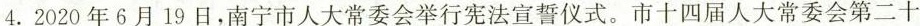
4.2020年6月19日，南宁市人大常委会举行宪法宣誓仪式。市十四届人大常委会第二十